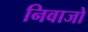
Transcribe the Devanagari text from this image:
निवाजो